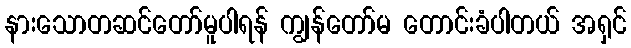
နားသောတဆင်တော်မူပါရန် ကျွန်တော်မ တောင်းခံပါတယ် အရှင်